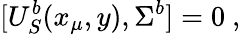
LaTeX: [U_{S}^{b}(x_{\mu},y),\Sigma^{b}]=0~,